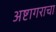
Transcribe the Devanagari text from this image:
अष्टागराचा